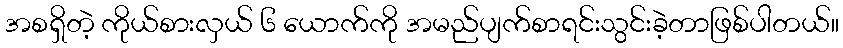
အစရှိတဲ့ ကိုယ်စားလှယ် ၆ ယောက်ကို အမည်ပျက်စာရင်းသွင်းခဲ့တာဖြစ်ပါတယ်။